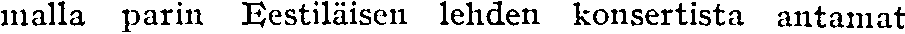
malla parin Eestiläisen lehden konsertista antamat